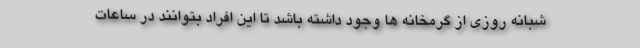
شبانه روزی از گرمخانه ها وجود داشته باشد تا این افراد بتوانند در ساعات